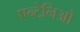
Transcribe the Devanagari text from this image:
एन्टेनिओ